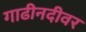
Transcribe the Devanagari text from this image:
गाढीनदीवर